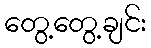
တွေ့တွေ့ချင်း